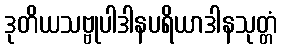
ဒုတိယသဗ္ဗုပါဒါနပရိယာဒါနသုတ္တံ